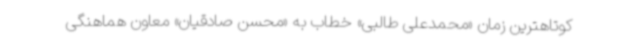
کوتاهترین زمان «محمدعلی طالبی» خطاب به «محسن صادقیان» معاون هماهنگی